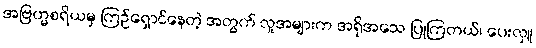
အဗြဟ္မစရိယမှ ကြဉ်ရှောင်နေတဲ့ အတွက် လူအများက အရိုအသေ ပြုကြတယ်၊ ပေးလှူ